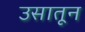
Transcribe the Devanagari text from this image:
उसातून